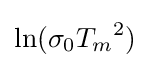
\ln(\sigma _{0}{T_{m}}^{2})